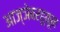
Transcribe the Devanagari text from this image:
आज्ञेबरहुकूम